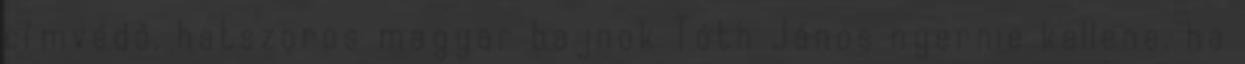
címvédő, hatszoros magyar bajnok Tóth János nyernie kellene, ha